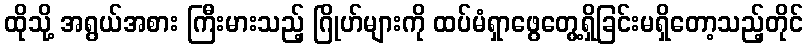
ထိုသို့ အရွယ်အစား ကြီးမားသည့် ဂြိုဟ်များကို ထပ်မံရှာဖွေတွေ့ရှိခြင်းမရှိတော့သည့်တိုင်